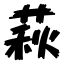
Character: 萩